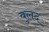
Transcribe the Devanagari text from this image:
बुलद